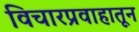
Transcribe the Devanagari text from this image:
विचारप्रवाहातून